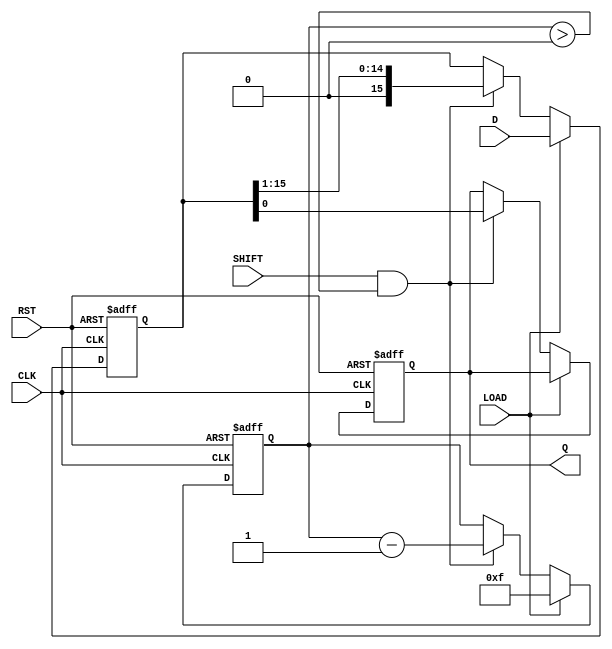
module PISO_Register (
    input wire [15:0] D,      // 16-bit parallel input
    input wire LOAD,          // Load control signal
    input wire SHIFT,         // Shift control signal
    input wire CLK,           // Clock signal
    input wire RST,           // Asynchronous reset signal
    output reg Q              // Serial output
);

    reg [15:0] shift_reg;     // 16-bit shift register
    reg [4:0] bit_count;      // Counter for the number of bits shifted out

    // Asynchronous reset
    always @(posedge CLK or posedge RST) begin
        if (RST) begin
            shift_reg <= 16'b0; // Clear the shift register
            Q <= 1'b0;          // Clear the output
            bit_count <= 5'b0;  // Reset bit counter
        end else begin
            if (LOAD) begin
                shift_reg <= D;  // Load data into the shift register
                bit_count <= 5'd15; // Set bit count to 15 (start shifting from LSB)
            end else if (SHIFT && bit_count > 0) begin
                Q <= shift_reg[0]; // Output the LSB
                shift_reg <= shift_reg >> 1; // Shift right
                bit_count <= bit_count - 1; // Decrement bit count
            end
        end
    end

endmodule